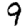
Digit: 9